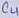
Text: C4